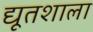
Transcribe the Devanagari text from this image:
द्यूतशाला